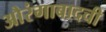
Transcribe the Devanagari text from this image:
औरंगाबादची